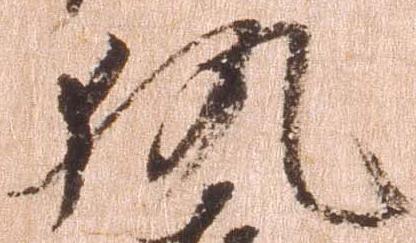
執